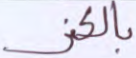
بالكفر